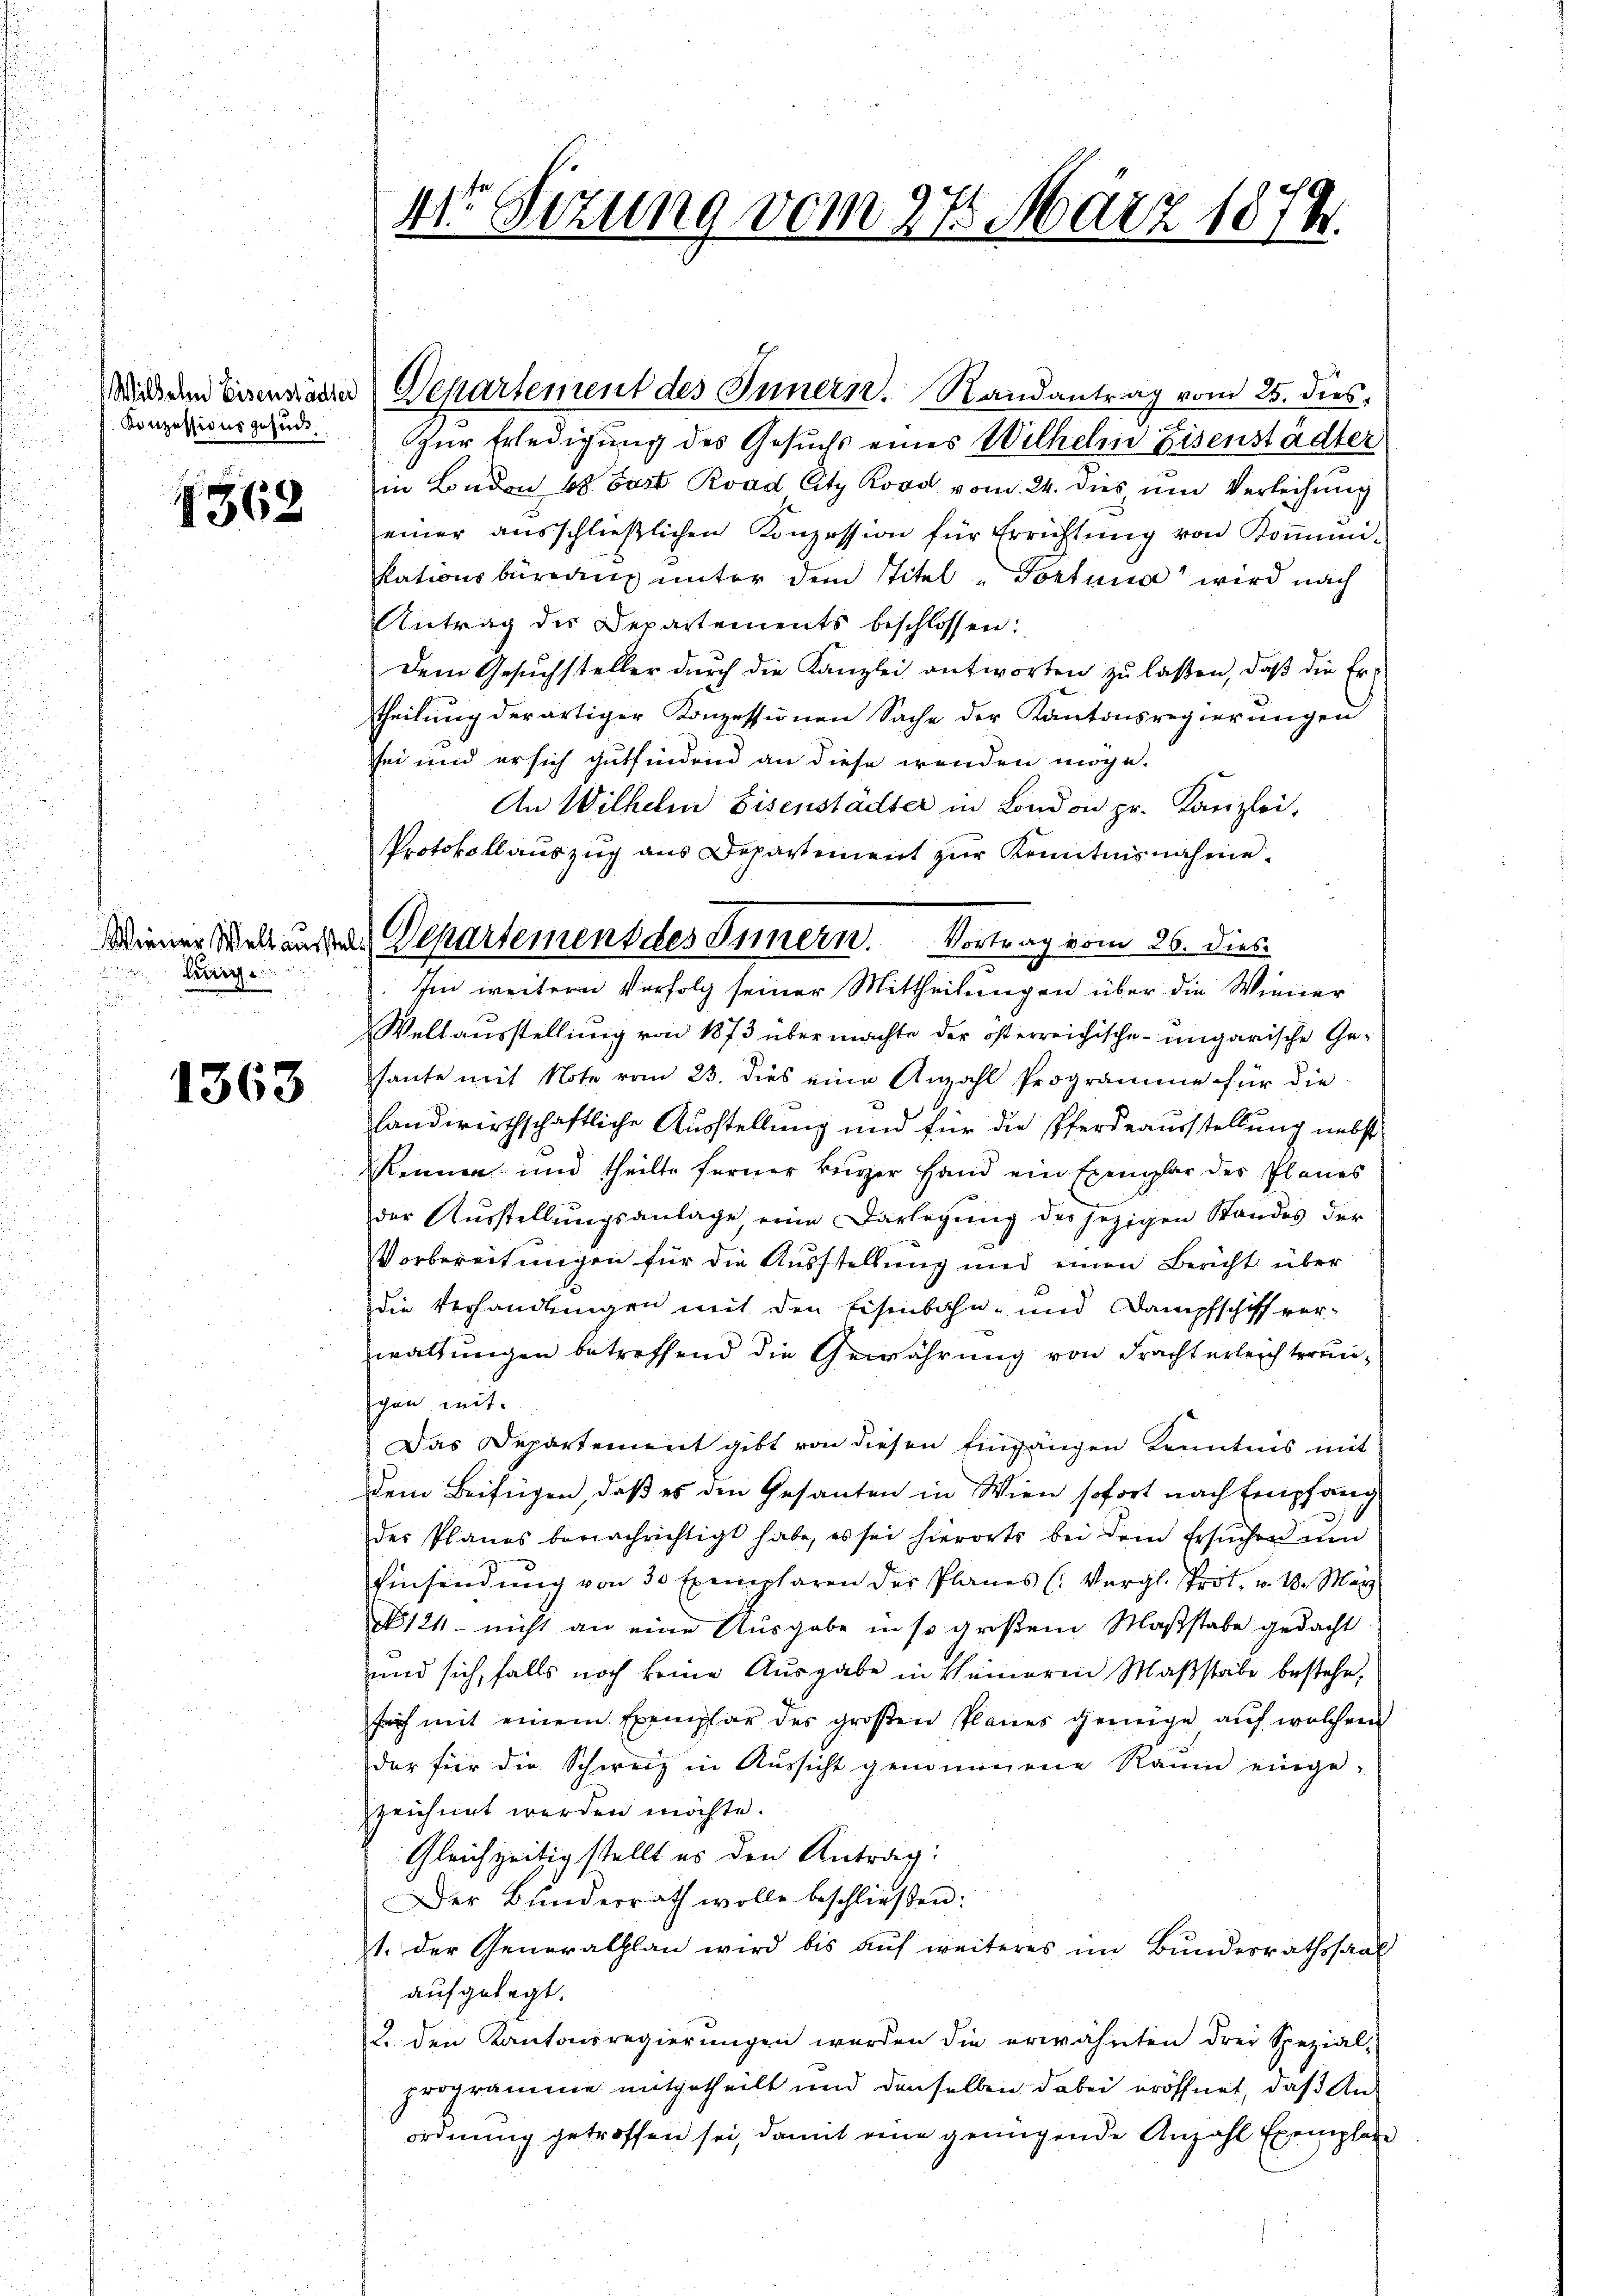
Wilhelm Eisenstädter
Konzessionsgesuc

4562

hig

1363

11 Setzung vom 27. März 1874.

zur Erledigung des Gesuchs eines Wilhelm Eisenstädter
in London 18. Fast Road City Roos vom 24. dies um Verleihung
einer ausschließlichen Konzession für Errichtŭng von Kommuni-
kationsbüreaŭ ŭnter dem Titel - Portana wird nach
Antrag des Departements beschlossen:
Dem Gesuchsteller durch die Kanzlei antworten zu laßen, daß die Ertheilung derartiger Konzessionen Sache der Kantonsregierŭngen
sei und er sich gutfindend an diese wenden möge.
An Wilhelm Eisenstadter in London pr. Kanzlei,
Protokollauszug aus Departement zur Kenntnisnahme
Im weitere Verfolg seiner Mittheilungen über die Wiener
Weltausstellung von 1873 über machte der österreichische ungarische Gehaute mit Note vom 23. dies eine Anzahl Programme für die
landwirthschaftliche Ausstellung und für die Pferdeausstellung nebst
kennen und theilte ferner kurzer Hand ein Exemplar des Planes
der Ausstellungsanlage, eine Darlegung des jezigen Standes der
Vorbereitungen für die Ausstellung und einen Bericht über
die Verhandlungen mit den Eisenbahn- und Dampfschiff verwaltungen betreffend die Gewährung von Frachterleichterunchon mit.
Das Departement gibt von diesen Eingängen Kenntnis mit
dem Beifügen, daß es den Gesanten in Wien sofort nach Empfang
des Planes bernachrichtigt habe, es sei hierorts bei dem Ersuchend um
Einsendung von 30 Exemplaren der Planes (Vergl. Prot. v. 18. März
124 - nicht an eine Ausgabe in so großem Maßstabe gedacht
und sich, falls noch keine Ausgabe in keineren Maßstabe bestehe,
sich mit einem Exemplar des großen Planes genüge auf welchem
der für die Schweiz in Aussicht genommene Raum einge-
zeichnet werden möchte.
Gleichzeitig stellt es den Antrag:
Der Bŭndesrath wolle beschlieβen:
1. Der Generalplan wird bis auf weiteres im Bundesrathssaal
aufgelegt.
2. den Kantonsregierungen werden die erwähnten drei Spezial-
programme mitgetheilt und denselben dabei eröffnet, daß Anordnung getroffen sei, damit eine genügende Anzahl Exemplare

Departement des Innern. Randantrag vom 25. dies¬

Wiener Weltans das Departement des Innern. Vortrag vom 26. dies

t